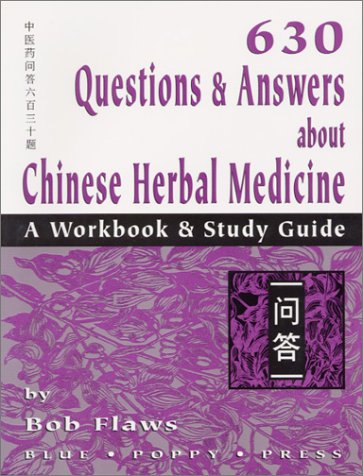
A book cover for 630 Questions & Answers About Chinese Herbal Medicine: A Workbook & Study Guide; Bob Flaws; Health, Fitness & Dieting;